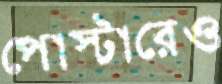
পোস্টারেও